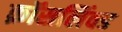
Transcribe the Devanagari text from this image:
क्रॉसलिंक्ड